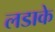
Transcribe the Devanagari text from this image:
लडाके